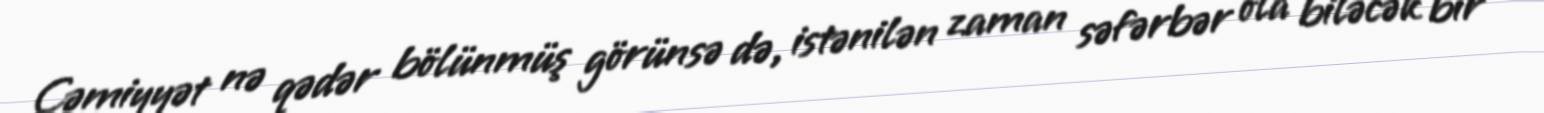
Cəmiyyət nə qədər bölünmüş görünsə də, istənilən zaman səfərbər ola biləcək bir